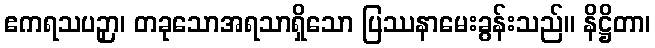
ဧကရသပဉှာ၊ တခုသောအရသာရှိသော ပြဿနာမေးခွန်းသည်။ နိဋ္ဌိတာ၊